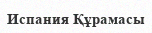
Испания Құрамасы